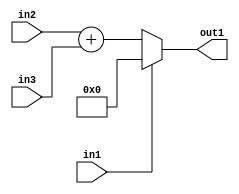
`timescale 1ps / 1ps
/*****************************************************************************
    Verilog RTL Description
    
    
    Created by: Stratus DpOpt 21.05.01 
*******************************************************************************/

module dut_entirecomputation_alt14_0 (
	in1,
	in2,
	in3,
	out1
	); /* architecture "behavioural" */ 
input  in1;
input [7:0] in2,
	in3;
output [8:0] out1;
wire [8:0] asc001,
	asc002;

assign asc002 = 
	+(in2)
	+(in3);

reg [8:0] asc001_tmp_0;
assign asc001 = asc001_tmp_0;
always @ (in1 or asc002) begin
	case (in1)
		1'B1 : asc001_tmp_0 = 9'B000000000 ;
		default : asc001_tmp_0 = asc002 ;
	endcase
end

assign out1 = asc001;
endmodule

/* CADENCE  v7HxQww= : u9/ySxbfrwZIxEzHVQQV8Q== ** DO NOT EDIT THIS LINE ******/